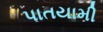
પાતયામી